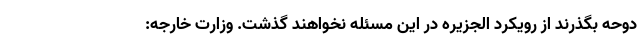
دوحه بگذرند از رویکرد الجزیره در این مسئله نخواهند گذشت. وزارت خارجه: